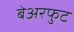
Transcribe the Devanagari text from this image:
बेअरफुट